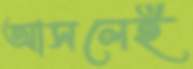
আসলেই